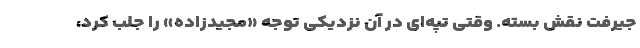
جیرفت نقش بسته. وقتی تپه‌ای در آن نزدیکی توجه «مجیدزاده» را جلب کرد،